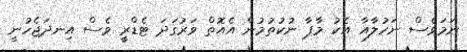
ނަމަވެސް ނަހުލާއާ އެކު މާޕާ ނުކުތުމުން އެއޮތް ވަރުގަދަ ޓެޑްރީ ވެސް އިނދަޖެހުނީ